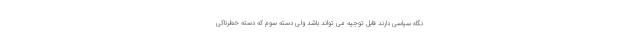
نگاه سیاسی دارند قابل توجیه می تواند باشد ولی دسته سوم که دسته خطرناکی